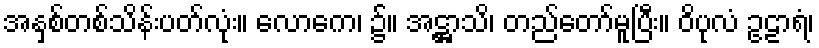
အနှစ်တစ်သိန်းပတ်လုံး။ လောကေ၊ ၌။ အဋ္ဌာသိ၊ တည်တော်မူပြီး။ ဝိပုလံ ဥဠာရံ၊